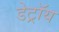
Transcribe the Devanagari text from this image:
डेट्रॉय